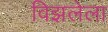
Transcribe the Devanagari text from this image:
विझलेला